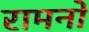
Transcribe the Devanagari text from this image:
रामनों